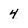
Character: 4